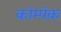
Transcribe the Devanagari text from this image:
कॉम्पॅक